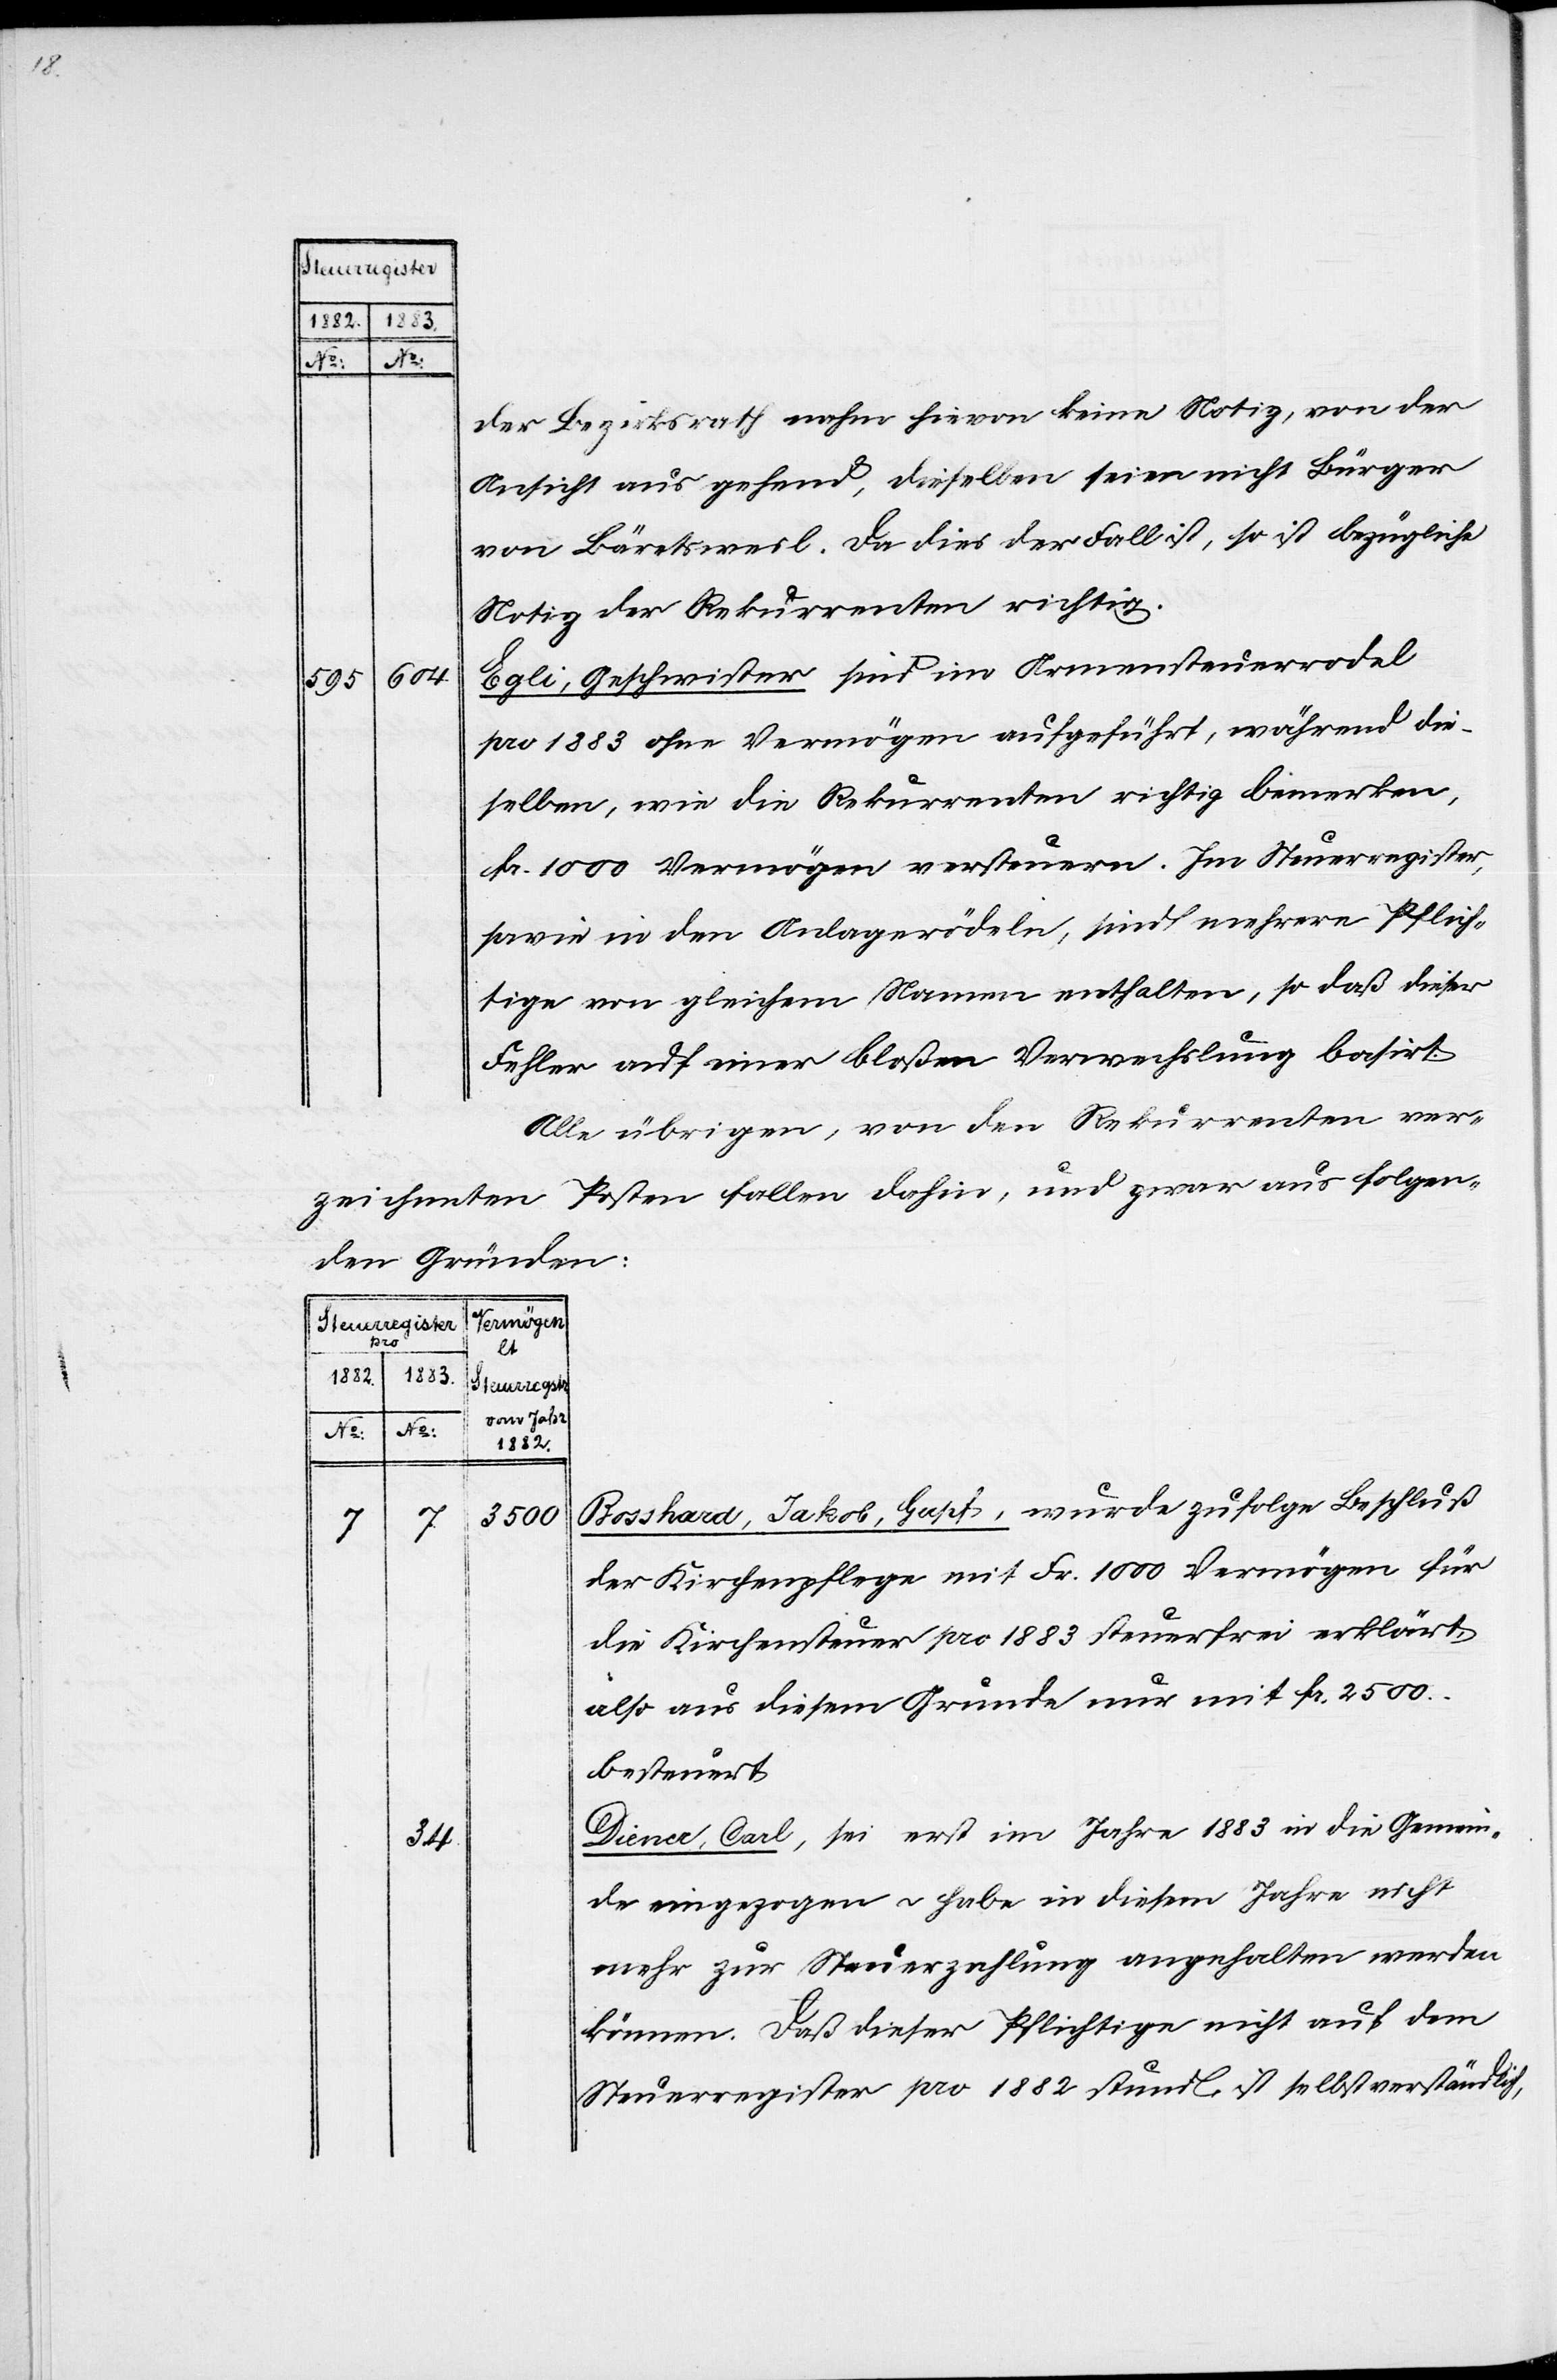
Fluntern beschwert,
1884,
des
Freu¬
Fr
Fluntern,
denbergfußweges
verlangt;
Der